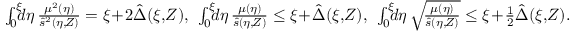
\begin{array} { r } { \int _ { 0 } ^ { \xi } \! \! \! d \eta \, \frac { \mu ^ { 2 } ( \eta ) } { \hat { s } ^ { 2 } ( \eta , \! Z ) } = \xi \! + \! 2 \hat { \Delta } ( \xi , \! Z ) , \: \: \int _ { 0 } ^ { \xi } \! \! \! d \eta \, \frac { \mu ( \eta ) } { \hat { s } ( \eta , \! Z ) } \le \xi \! + \! \hat { \Delta } ( \xi , \! Z ) , \: \: \int _ { 0 } ^ { \xi } \! \! \! d \eta \, \sqrt { \! \frac { \mu ( \eta ) } { \hat { s } ( \eta , \! Z ) } } \le \xi \! + \! \frac 1 2 \hat { \Delta } ( \xi , \! Z ) . \quad } \end{array}